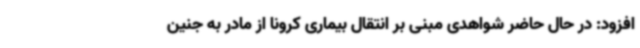
افزود: در حال حاضر شواهدی مبنی بر انتقال بیماری کرونا از مادر به جنین